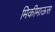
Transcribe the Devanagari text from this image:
मिकीमाऊस